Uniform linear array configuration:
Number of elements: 4
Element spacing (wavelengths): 1
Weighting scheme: kaiser
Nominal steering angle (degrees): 45
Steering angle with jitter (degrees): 46.499
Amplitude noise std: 0.05
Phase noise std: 0.05

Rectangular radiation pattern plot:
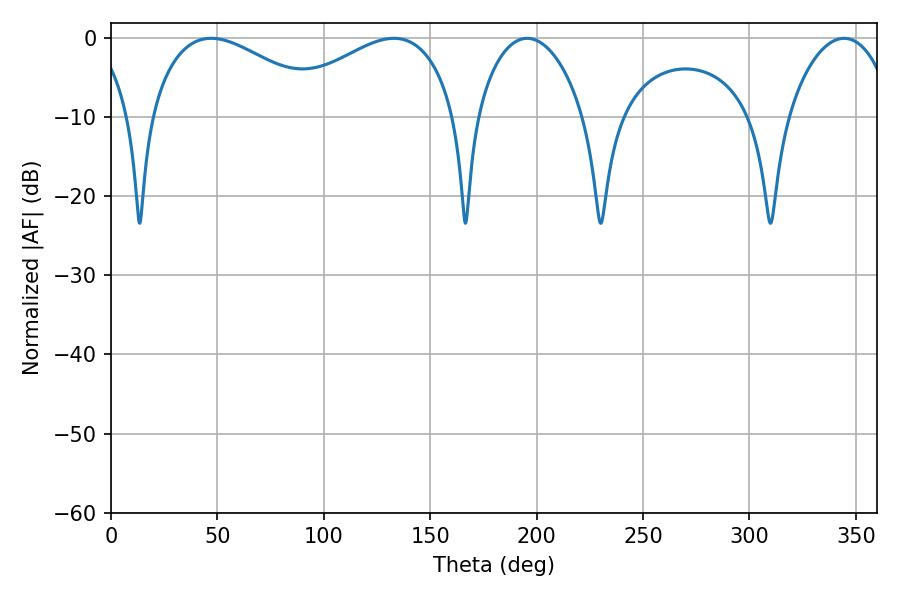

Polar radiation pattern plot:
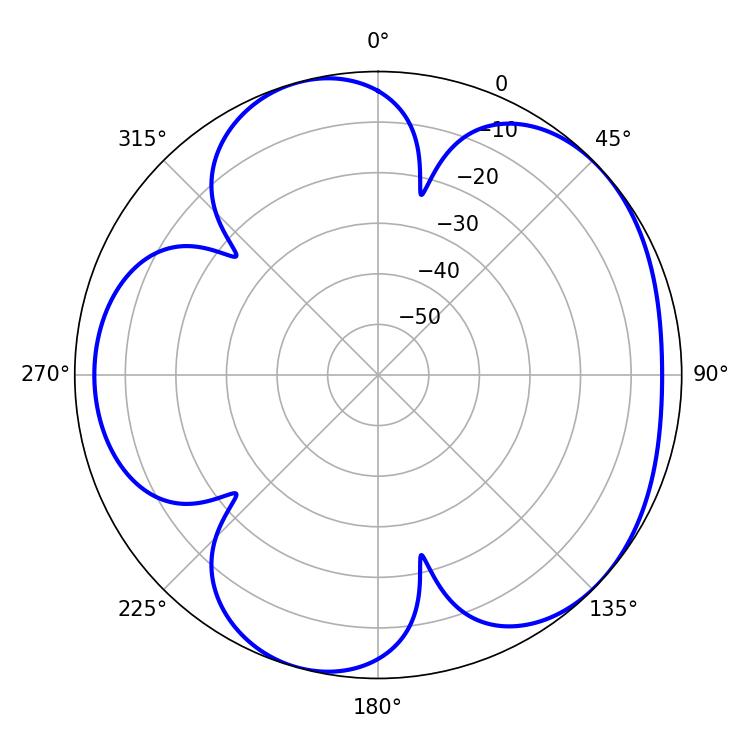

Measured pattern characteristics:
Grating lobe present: TRUE
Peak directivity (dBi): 4.846
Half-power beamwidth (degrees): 28.62
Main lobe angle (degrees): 344.52